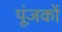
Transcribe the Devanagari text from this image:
पूंजकों